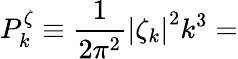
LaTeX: P_{k}^{\zeta}\equiv\frac{1}{2\pi^{2}}\left|\zeta_{k}\right|^{2}k^{3}=